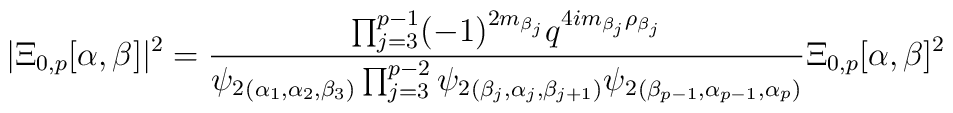
\vert \Xi_{0,p}[\alpha,\beta] \vert^2=\frac{\prod_{j=3}^{p-1}(-1)^{2m_{\beta_j}}q^{4im_{\beta_j}\rho_{\beta_j}}}{{\psi}_2{}_{(\alpha_1,\alpha_2,\beta_3)}\prod_{j=3}^{p-2}{\psi}_2{}_{(\beta_j,\alpha_j,\beta_{j+1})}{\psi}_2{}_{(\beta_{p-1},\alpha_{p-1},\alpha_{p})}}\Xi_{0,p}[\alpha,\beta]^2